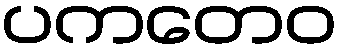
ပကတေဝ